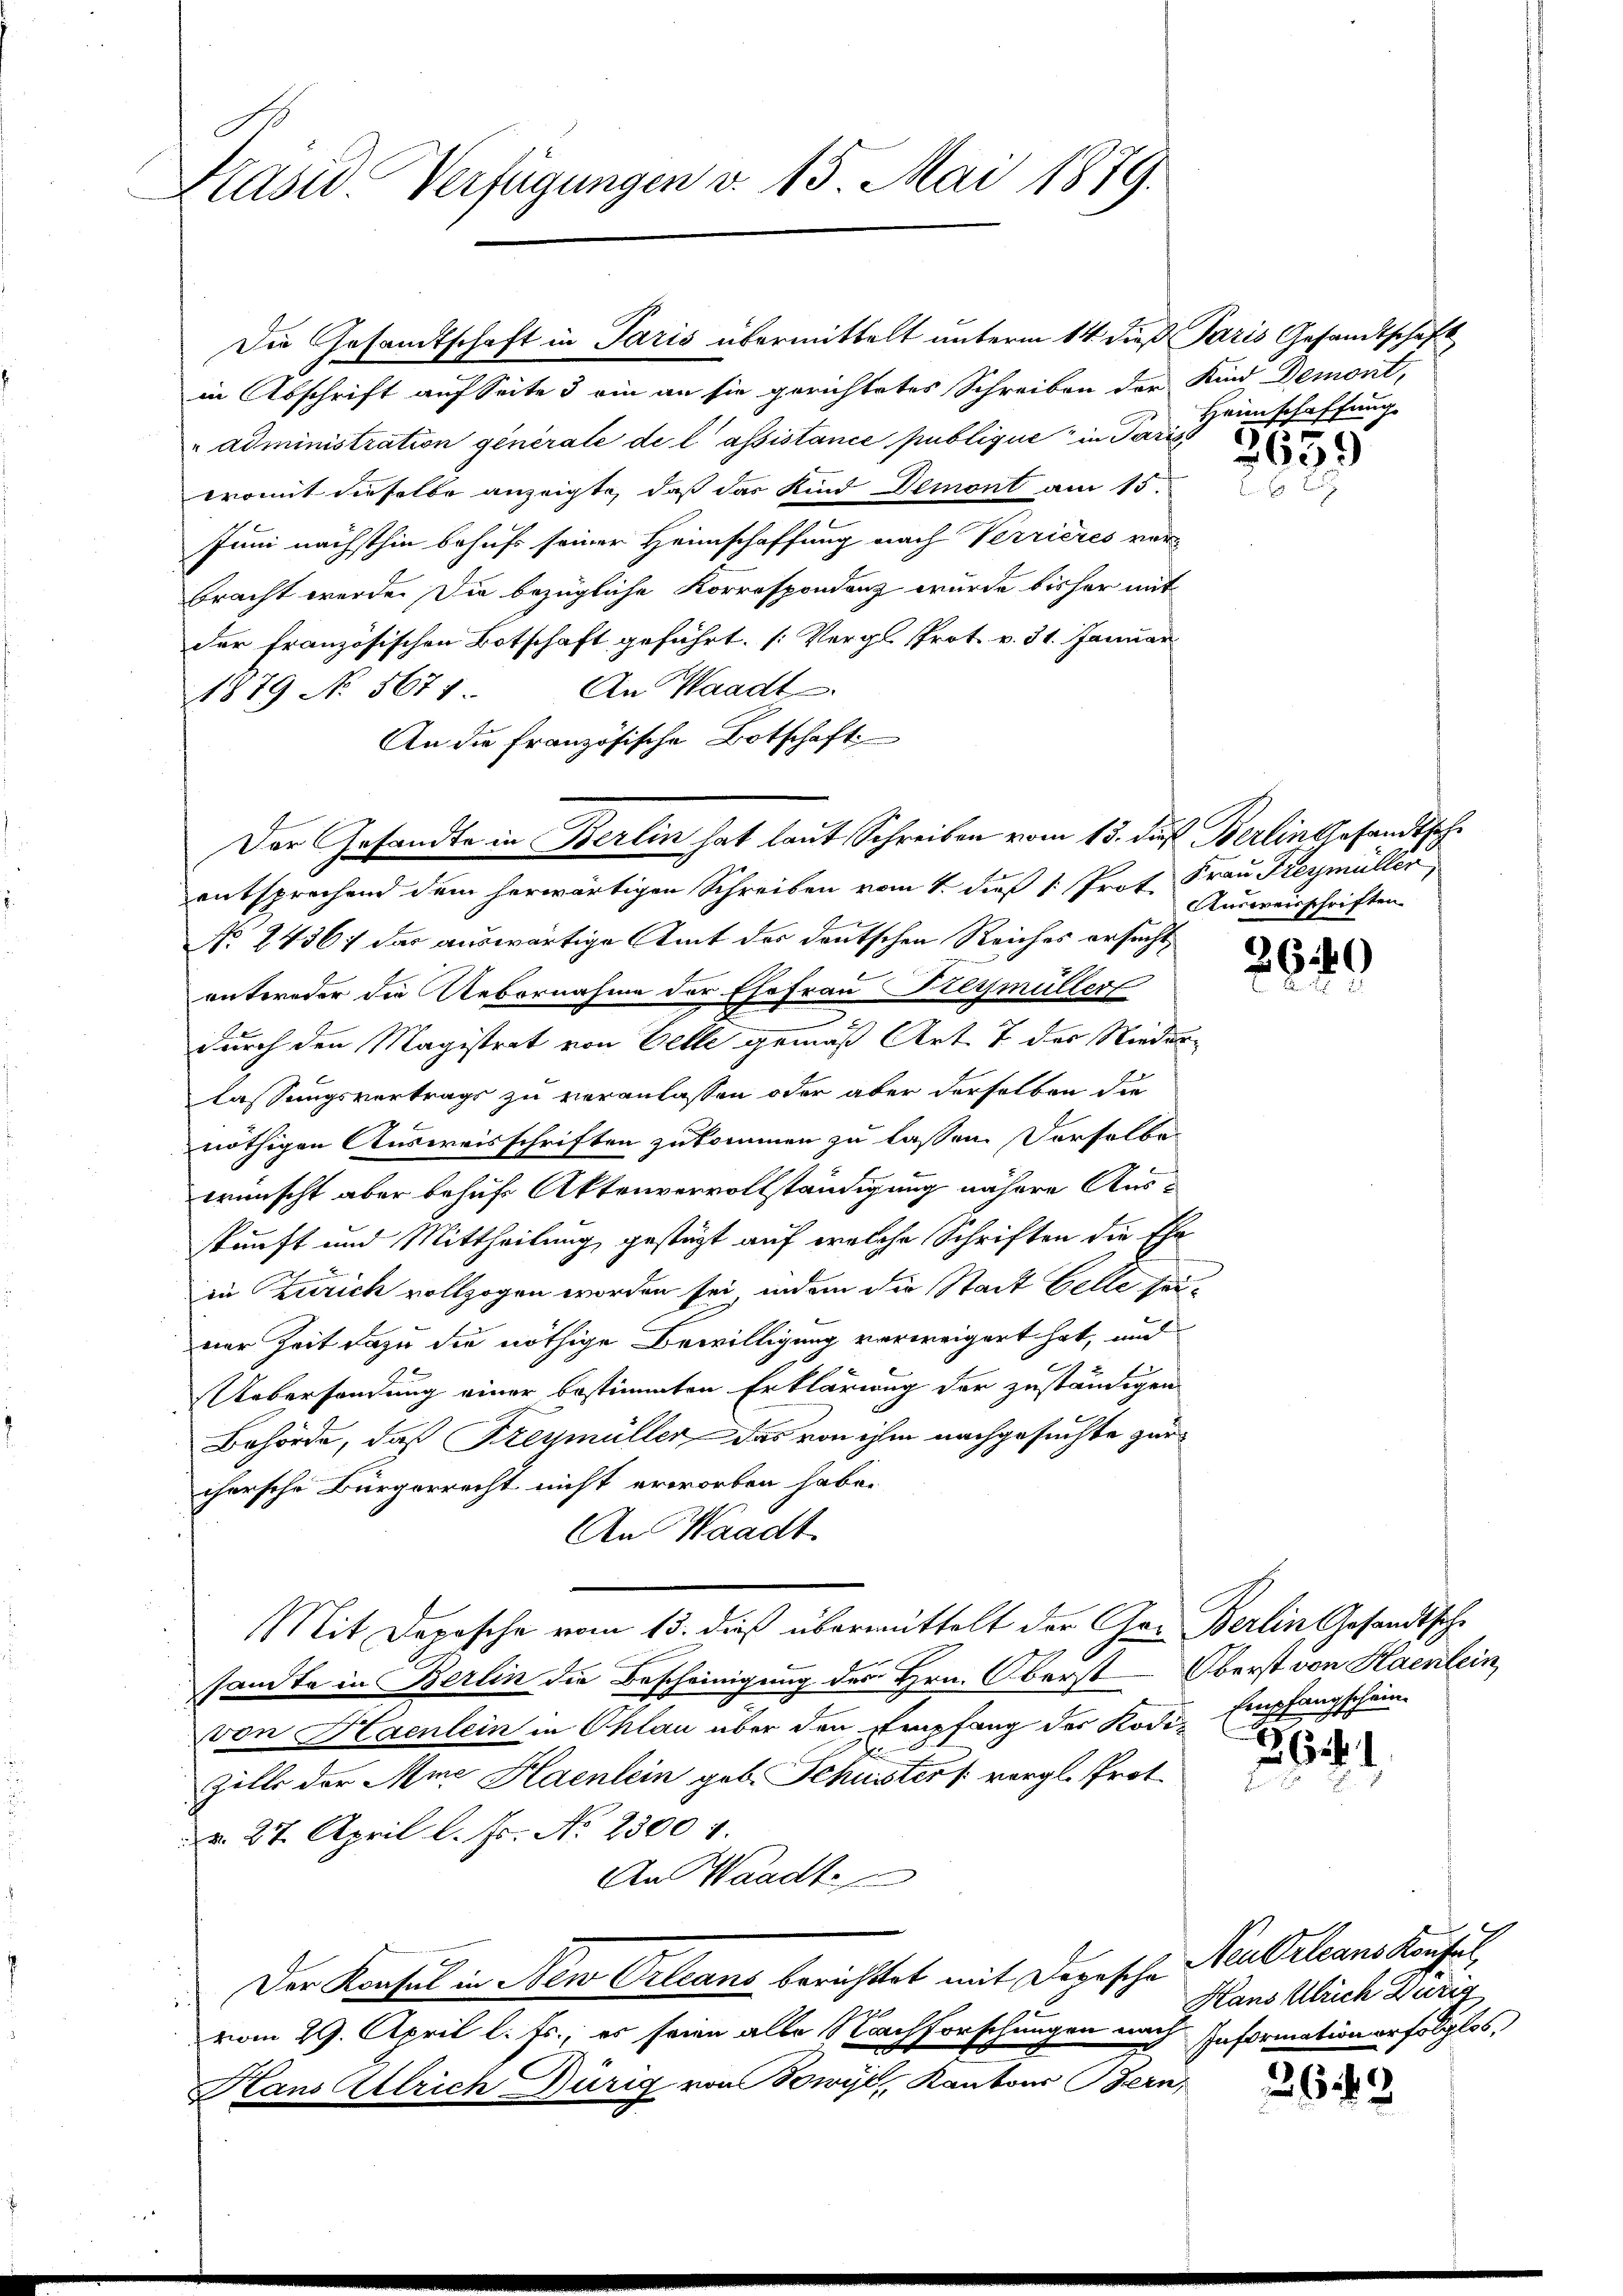
Kasid. Verfügungen v. 15. Mai 1879.

Die Gesandtschaft in Paris übermittelt unterm 14 dieß Paris Gesandtschaft
in Abschrift auf Seite 3 ein an sie gerichtetes Schreiben der Kind Demont,
"administration generale de lassistance publique in Paris
womit dieselbe anzeigte, daß das Kind Demont am 15.
Juni nächsthin behufs seiner Heimschaffung nach Verrieres verbracht werde. Die bezügliche Korrespondenz wurde bisher mit
der französischen Botschaft geführt. (Vergl. Prot. v. 31. Januar
An Waadt
1879 No 567.
An die Französische Botschaft
entsprechend dem herwärtigen Schreiben vom 1. dieß 1. Prof. Frau Freymüller,
A
No 2436: das auswärtige Amt der deutschen Reiches ersucht,
onteroder die Uebernahme der Ehefrau Stegmüller
.
durch den Magistrat von Belle gemäß Art. 7 des Niederlassungsvertrags zu veranlassen oder aber derselben die
nöthigen Ausweisschriften zukommen zu lassen. Derselbe
wünscht aber behufs Aktenvervollständigung nähere Ausskunft und Mittheilung gestüzt auf welche Schriften die Ehe
in Zürich vollzogen worden sei, indem die Stadt Gelle seiner Zeit dazu die nöthige Bewilligung verweigert hat, und
Uebersendung einer bestimmten Erklärung der zuständigen
Behörde, daß Freymüller das von ihm nachgesuchte zur
chersche Bürgerrecht nicht erworben habe.
An Waadt
Mit Depesche vom 13. dieß übermittelt der Ger. Berlin Gesandtsche
sandte in Berlin die Bescheinigung des Hrn. Oberst Oberst von Haenlein
von Haenlein in Ohlau über den Empfang der Kodi- Empfangschein.
Zille der Mine Haenlein geb. Schusster /: vergl. Prot.
d. 27. April l. Js. No 2300 f.
An Waadt
Der Konsul in Neu Orleans berichtet mit Depesche
i
vom 29. April l. Fs., es seien alle Nachforschungen nach Information erfolglos,
Hans Allrich Dürig von Sowyl, Kantons Bern,

Der Gesandte in Berlin hat laut Schreiben vom 13. daß Berlingesandtsche

Heimschaffung

2659

Ausweisschriften.

2649

294.

2649

Neu Orleans Konstel
Hans Ulrich Zurig